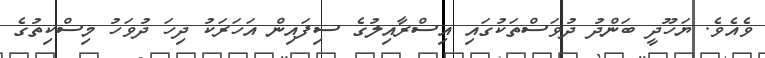
ވެއެވެ. ޔަހޫދީ ބަންދު ދުވަސްތަކުގައި އިސްރާއިލުގެ ސިފައިން އަހަރަކު ދިހަ ދުވަހު މިސްކިތުގެ